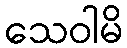
သေဝါမိ